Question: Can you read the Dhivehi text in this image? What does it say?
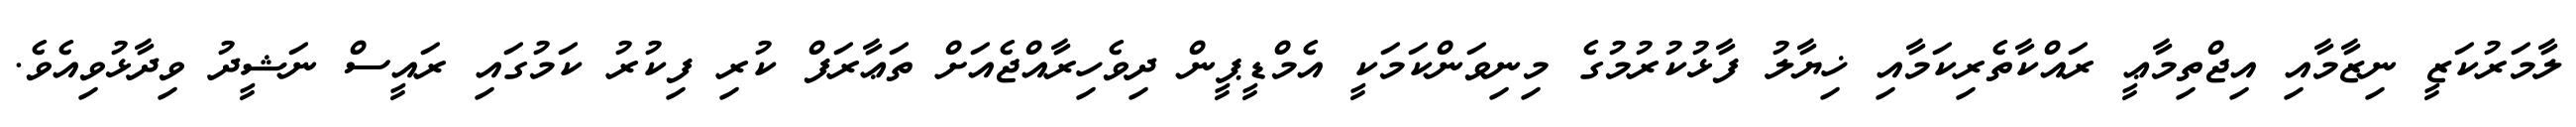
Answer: ލާމަރުކަޒީ ނިޒާމާއި އިޖްތިމާޢީ ރައްކާތެރިކަމާއި ޚިޔާލު ފާޅުކުރުމުގެ މިނިވަންކަމަކީ އެމްޑީޕީން ދިވެހިރާއްޖެއަށް ތަޢާރަފް ކުރި ފިކުރު ކަމުގައި ރައީސް ނަޝީދު ވިދާޅުވިއެވެ.